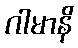
ဂါမာနိ